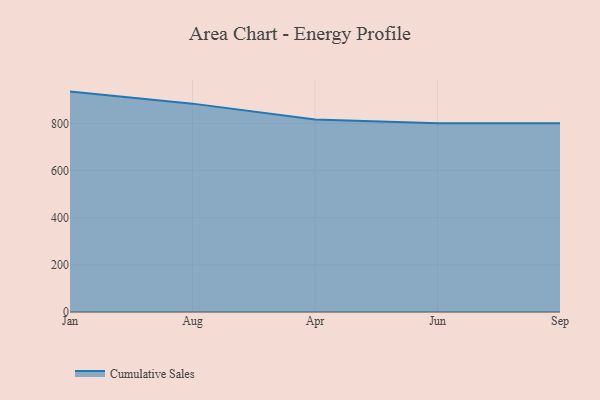
{"axis": {"x": "Month", "y": "Net Income (USD K)"}, "legend": ["Cumulative Sales"], "data": [{"x": "Jan", "y": 934.7, "type": "Cumulative Sales"}, {"x": "Aug", "y": 883.7, "type": "Cumulative Sales"}, {"x": "Apr", "y": 816.1, "type": "Cumulative Sales"}, {"x": "Jun", "y": 800, "type": "Cumulative Sales"}, {"x": "Sep", "y": 800, "type": "Cumulative Sales"}]}